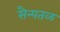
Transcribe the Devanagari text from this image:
सैन्यतळ